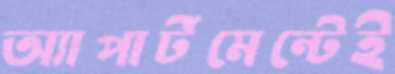
অ্যাপার্টমেন্টেই